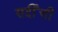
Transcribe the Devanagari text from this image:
सर्दीची